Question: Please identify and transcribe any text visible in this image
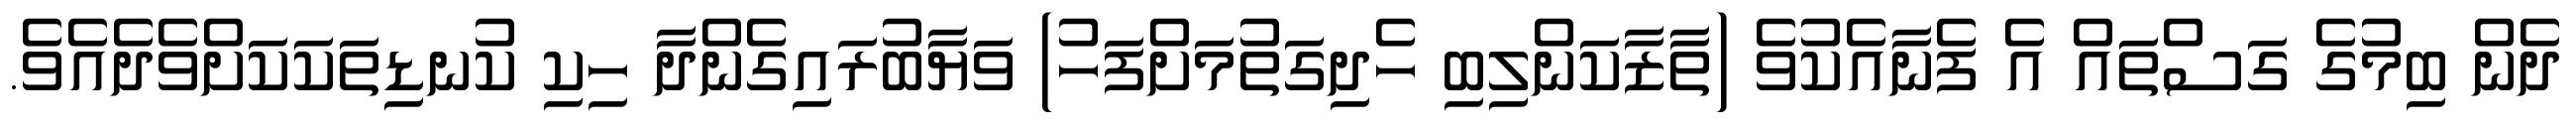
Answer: ދެން ބިމުގެ ގަސްތައް އެ ފެނާއެކުވެ (ތާޒާކަންލިބި ހެދިގަތުމަށްފަހު) ވަޔާބުރައިގެންދާ ހިކި ކުނޑިތަކަކަށްވެދެއެވެ.